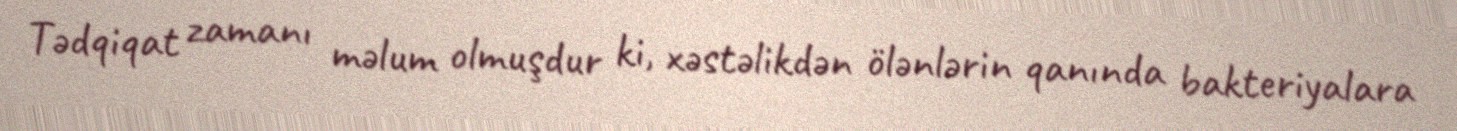
Tədqiqat zamanı məlum olmuşdur ki, xəstəlikdən ölənlərin qanında bakteriyalara